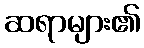
ဆရာများ၏